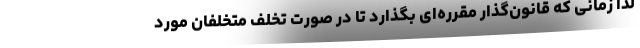
لذا زمانی که قانون‌گذار مقرره‌ای بگذارد تا در صورت تخلف متخلفان مورد